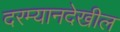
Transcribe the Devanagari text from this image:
दरम्यानदेखील